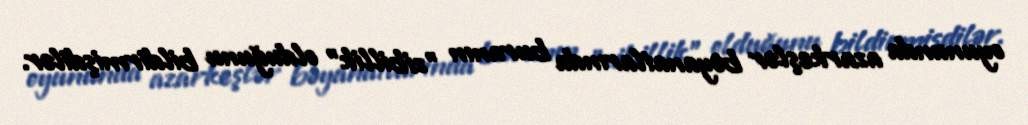
oyununda azarkeşlər bəyanatlarında buranın "zibillik" olduğunu bildirmişdilər.